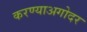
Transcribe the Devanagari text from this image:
करण्याअगोदर